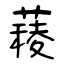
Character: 薐